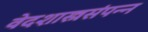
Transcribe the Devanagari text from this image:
वेदशास्त्रसंपन्‍न